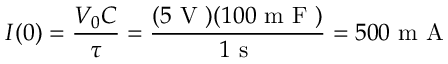
I ( 0 ) = \frac { V _ { 0 } C } { \tau } = \frac { ( 5 \mathrm { ~ V ~ } ) ( 1 0 0 \mathrm { ~ m ~ F ~ } ) } { 1 \mathrm { ~ s ~ } } = 5 0 0 \mathrm { ~ m ~ A ~ }